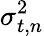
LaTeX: \sigma_{t,n}^{2}